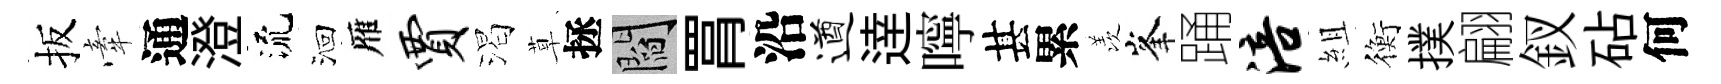
扳牽通澄流洄雁贾渴草拯閻罥沿遒逹嚀甚累羡峯踊涪組衡撲翩釵砧何